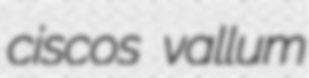
ciscos vallum